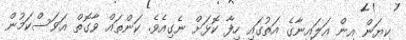
ކިޔަން އިން އަލައިނާގެ އަތުގައި ހިފާ ކޮޅަށް ނެގިއެވެ. ކަންތައް ވާގޮތް އަވަސްކަމުން